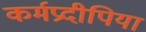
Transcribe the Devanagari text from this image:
कर्मप्रदीपिया